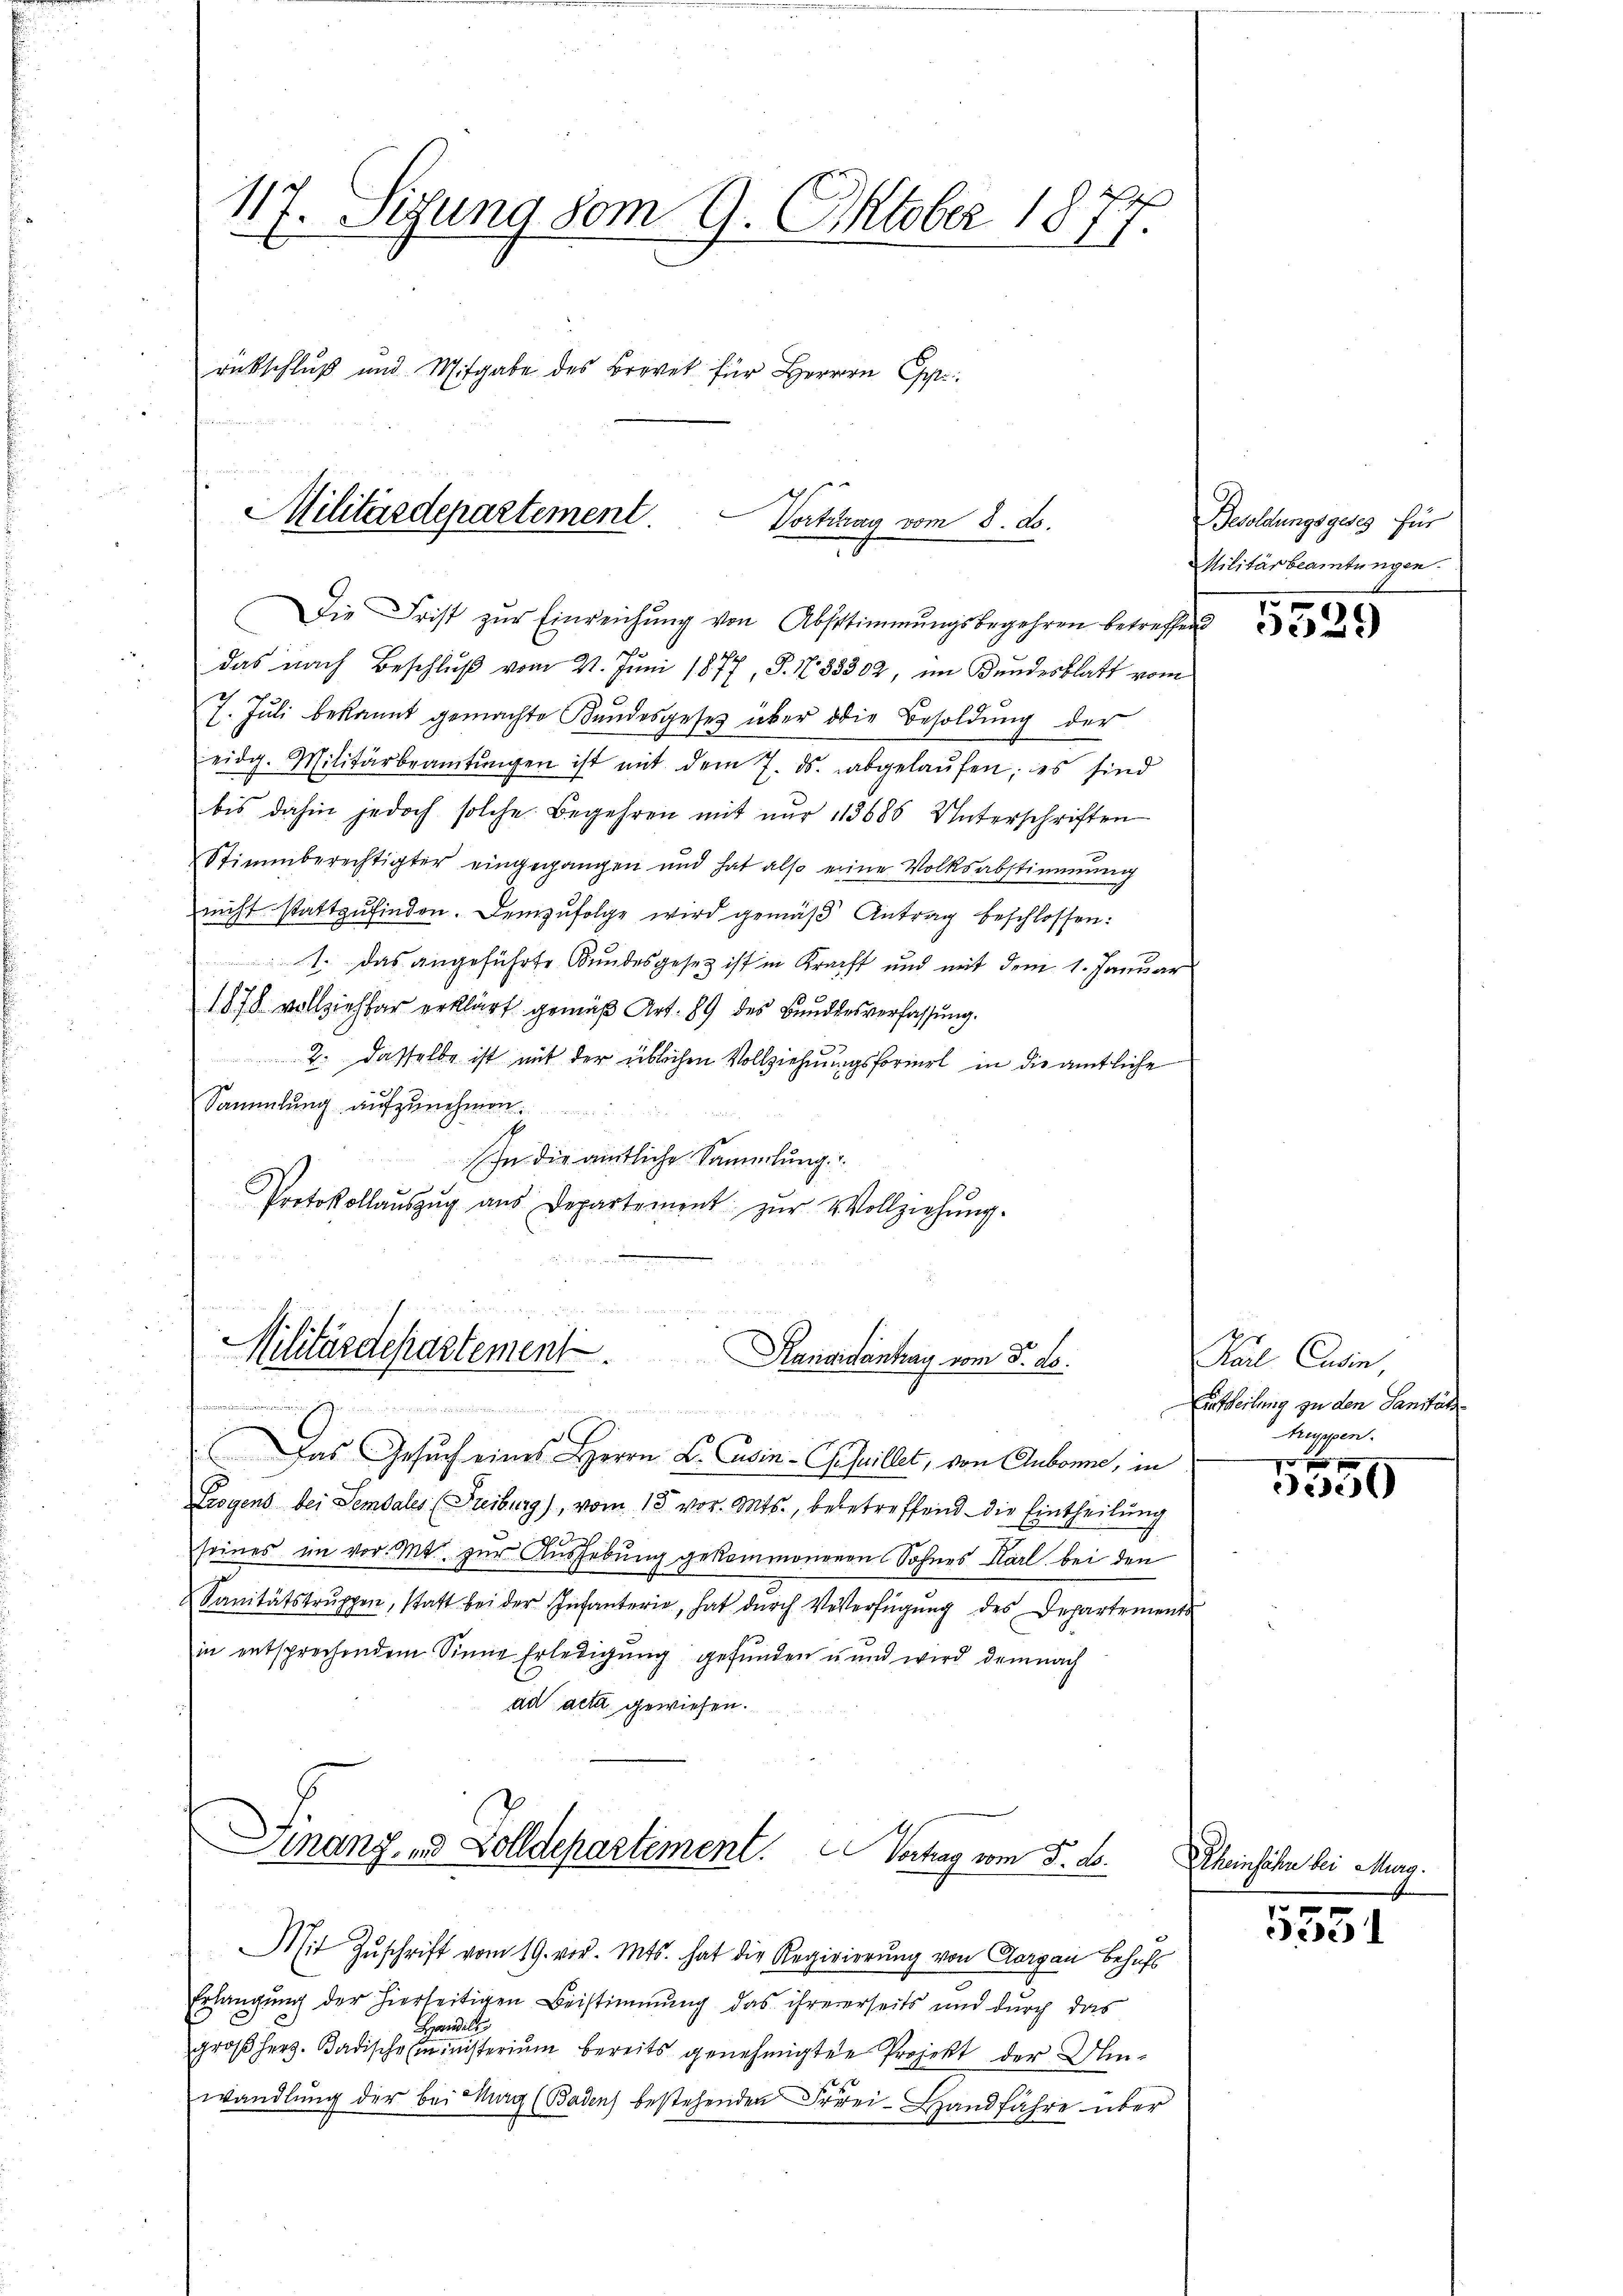
117. Sigung vom 9. Oktober 1877.
rückschluß und Mitgabe des Brevet für Herrn C

Militärdepartement
Vortrag vom 8. ds.

Die Frist zŭr Einreichŭng von Abstimmungsbegehren betreffen
das nach Beschluß vom 21. Juni 1877, S. N. 38302, im Kundesblatt vom
7. Jŭli bekannt gemachte Kundesgesetz über die Besoldŭng der
eidg. Militärbeamtŭngen ist mit dem 7. ds. abgelaŭfen; es sind
bis dahin jedoch solche Begehren mit nur 113685 Unterschriften
Stimmberechtigter eingegangen und hat also eine Volksabstimmung
nicht stattzŭfinden. Demzufolge wird gemäß Antrag beschlossen:
1. Das angeführte Bundesgesetz ist in Kraft und mit dem 1. Januar
1878 vollziehbar erklärt gemäß Art. 89 des Bundesverfassung.
2. Dasselbe ist mit der üblichen Vollziehungsformel in die amtliche
Sammlung aufzunehmen.
In die amtliche Sammlung
Protokollaŭszŭg aŭs Departement zŭr Vollziehŭng.

Militärdepartement
Rangidantrag vom 3. ds.

A
Das Gesŭch eines Herrn L. Casin-Chefaillet, von Aubonne, in
Trogens bei Sembales (Freiburg), vom 15. vor. Mts., bebetreffend die Eintheilung
seines im vor. Mt. zur Aushebung gekommenenen Sohnes Karl bei den
Sanitätstrŭppen, statt bei der Infanterie, hat dŭrch Veverfügŭng des Departements
in entsprechendem Sinne Erledigŭng gefunden u und wird demnach
ad acta gewiesen.
Finanz- und Zolldepartement. Vortrag vom 5. d.
Mit Zŭschrift vom 19. vor. Mts. hat die Regirierung von Aargau behufs
Erlangung der hierseitigen Beistimmung das ihrererseits und durch das
Heils
groβ herz. Badische ministerium bereits genehmigten Projekt der Um-
wandlung der bei Mag (Badens bestehenden Frei-Handfahre über

Besoldungsgesez für
Militärbeamtungen.

Karl Cusin,
Eintheilung zu den Sanität
truppen.

300

Rheinsähn bei Marg.

5551